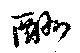
酬